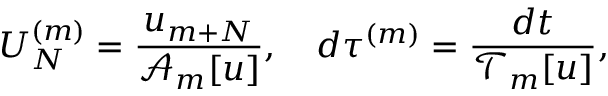
U _ { N } ^ { ( m ) } = \frac { u _ { m + N } } { \mathcal { A } _ { m } [ u ] } , \quad d \tau ^ { ( m ) } = \frac { d t } { \mathcal { T } _ { m } [ u ] } ,